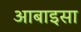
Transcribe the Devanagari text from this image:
आबाइसा